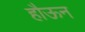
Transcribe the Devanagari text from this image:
हौऊन